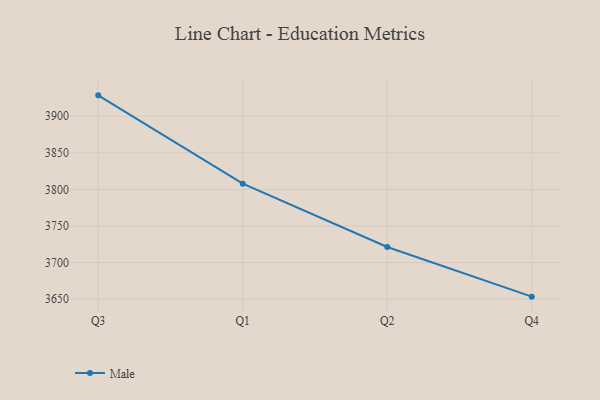
{"axis": {"x": "Quarter", "y": "Backlog"}, "legend": ["Male"], "data": [{"x": "Q3", "y": 3928.6, "type": "Male"}, {"x": "Q1", "y": 3807.8, "type": "Male"}, {"x": "Q2", "y": 3721.3, "type": "Male"}, {"x": "Q4", "y": 3653.4, "type": "Male"}]}